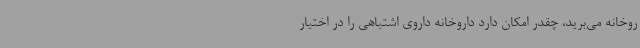
روخانه می‌برید، چقدر امکان دارد داروخانه داروی اشتباهی را در اختیار